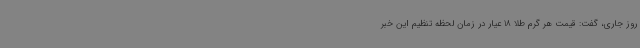
روز جاری، گفت: قیمت هر گرم طلا 18 عیار در زمان لحظه تنظیم این خبر